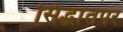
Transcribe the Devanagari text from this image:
सिद्धांतपर